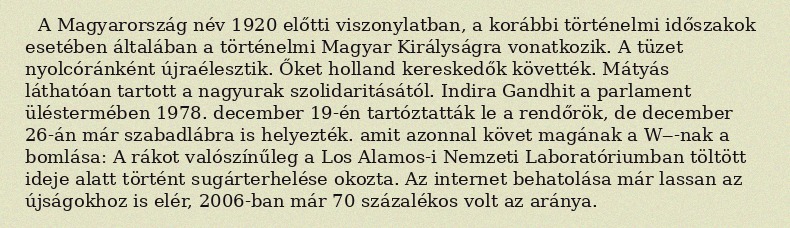
A Magyarország név 1920 előtti viszonylatban, a korábbi történelmi időszakok esetében általában a történelmi Magyar Királyságra vonatkozik. A tüzet nyolcóránként újraélesztik. Őket holland kereskedők követték. Mátyás láthatóan tartott a nagyurak szolidaritásától. Indira Gandhit a parlament üléstermében 1978. december 19-én tartóztatták le a rendőrök, de december 26-án már szabadlábra is helyezték. amit azonnal követ magának a W‒-nak a bomlása: A rákot valószínűleg a Los Alamos-i Nemzeti Laboratóriumban töltött ideje alatt történt sugárterhelése okozta. Az internet behatolása már lassan az újságokhoz is elér, 2006-ban már 70 százalékos volt az aránya.